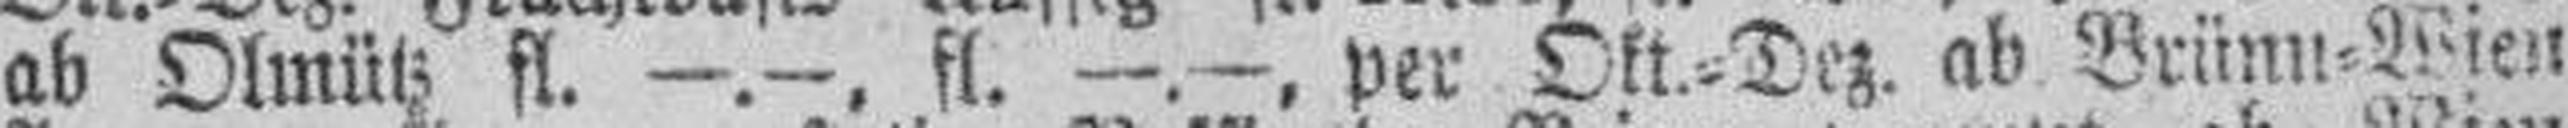
ab Olmütz fl. —.—, fl. —.—, per Okt.=Dez. ab Brünn=Wien